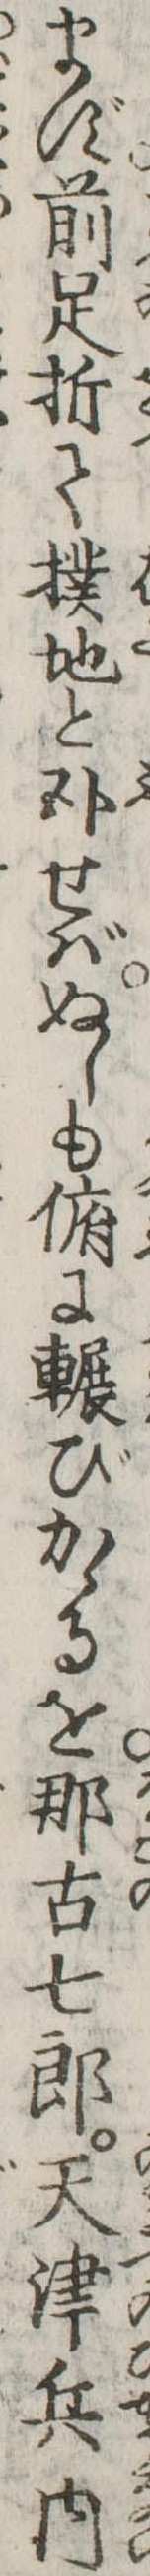
まず前足折て撲地と臥せばぬしも俯に輾びかゝるを那古七郎天津兵内